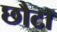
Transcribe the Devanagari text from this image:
छौटा